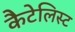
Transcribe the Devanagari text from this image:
कैटेलिस्ट